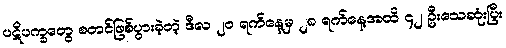
ပဋိပက္ခတွေ စတင်ဖြစ်ပွားခဲ့တဲ့ ဒီလ ၂၀ ရက်နေ့မှ ၂၈ ရက်နေ့အထိ ၄၂ ဦးသေဆုံးပြီး